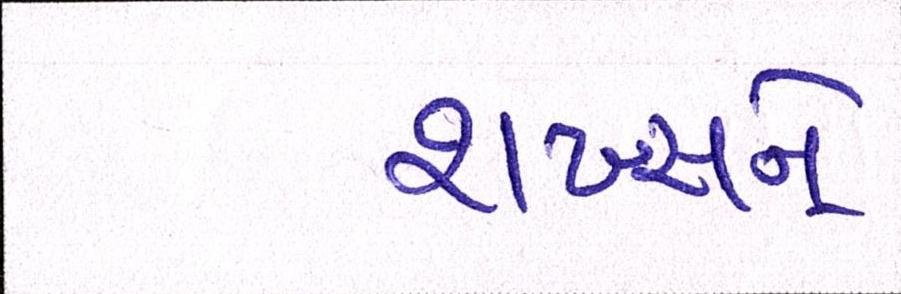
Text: શખ્સને